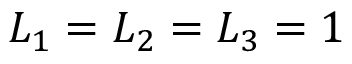
L _ { 1 } = L _ { 2 } = L _ { 3 } = 1